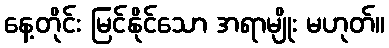
နေ့တိုင်း မြင်နိုင်သော အရာမျိုး မဟုတ်။